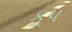
કૂપ